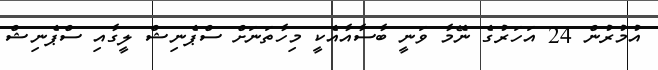
އުމުރުން 24 އަހަރުގެ ނޭމާ ވަނީ ބާސާއާއެކީ މިހާތަނަށް ސްޕެނިޝް ލީގާއި ސްޕެނިޝް